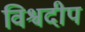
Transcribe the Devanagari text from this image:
विश्वदीप